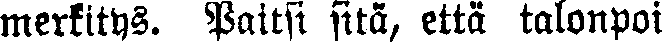
merkitys. Paitsi sitä, että talonpoi